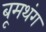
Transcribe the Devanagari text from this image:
बूमथंग